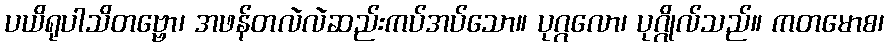
ပယိရုပါသိတဗ္ဗော၊ အဖန်တလဲလဲဆည်းကပ်အပ်သော။ ပုဂ္ဂလော၊ ပုဂ္ဂိုလ်သည်။ ကတမောစ၊